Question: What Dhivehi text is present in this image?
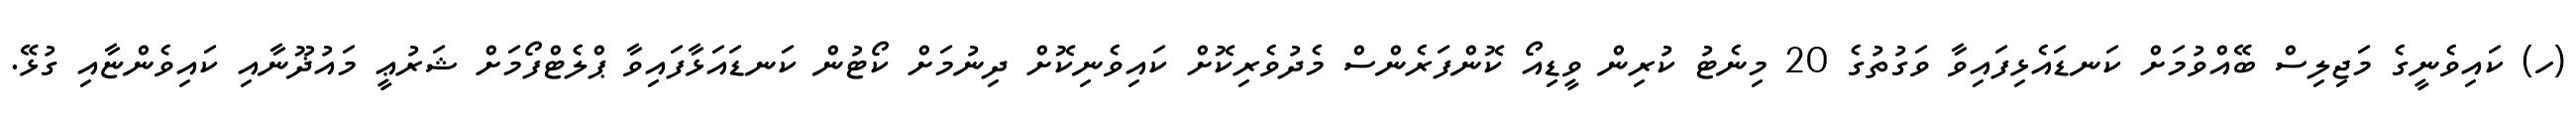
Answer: (ހ) ކައިވެނީގެ މަޖިލިސް ބޭއްވުމަށް ކަނޑައެޅިފައިވާ ވަގުތުގެ 20 މިނެޓު ކުރިން ވީޑިއޯ ކޮންފަރެންސް މެދުވެރިކޮށް ކައިވެނިކޮށް ދިނުމަށް ކޯޓުން ކަނޑައަޅާފައިވާ ޕްލެޓްފޯމަށް ޝަރުޢީ މައުޛޫނާއި ކައިވެންޏާއި ގުޅޭ.